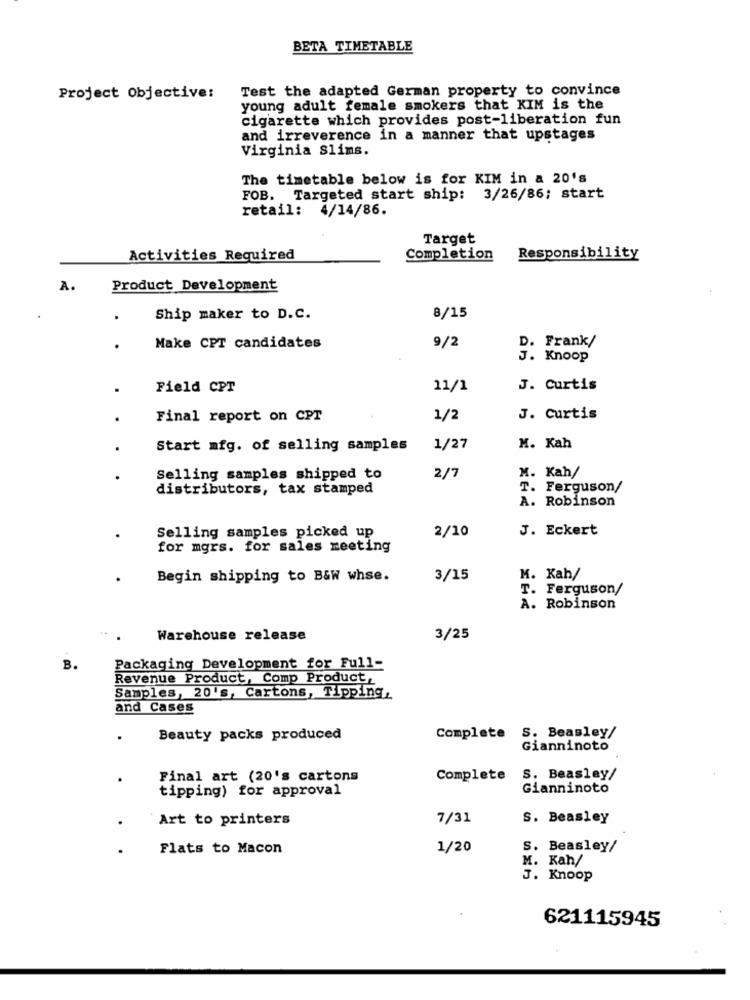
BETA TIMETABLE
Test the adapted German property to convince
Project Objective:
young adult female smokers that KIM is the
cigarette which provides post-liberation fun
and irreverence in a manner that upstages
Virginia Slims.
The timetable below is for KIM in a 20's
FOB. Targeted start ship: 3/26/86; start
retail: 4/14/86.
Target
Activities Required
Completion
Responsibility
A.
Product Development
Ship maker to D.C.
8/15
9/2
D. Frank/
Make CPT candidates
J. Knoop
Field CPT
11/1
J. Curtis
Final report on CPT
1/2
J. Curtis
Start mfg. of selling samples
1/27
M. Kah
M. Kah/
Selling samples shipped to
2/7
distributors, tax stamped
T. Ferguson/
A. Robinson
2/10
J. Eckert
Selling samples picked up
for mgrs. for sales meeting
Begin shipping to B&W whse.
3/15
M. Kah/
T. Ferguson/
A. Robinson
Warehouse release
3/25
B.
Packaging Development for Full-
Revenue Product, Comp Product
Samples, 20's, Cartons, Tipping,
and Cases
Beauty packs produced
Complete S. Beasley/
Gianninoto
.
Final art (20's cartons
Complete
S. Beasley/
tipping) for approval
Gianninoto
Art to printers
7/31
S. Beasley
Flats to Macon
1/20
S. Beasley/
M. Kah/
J. Knoop
621115945